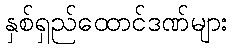
နှစ်ရှည်ထောင်ဒဏ်များ